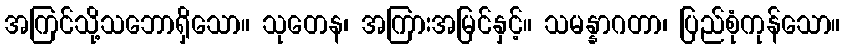
အကြင်သို့သဘောရှိသော။ သုတေန၊ အကြားအမြင်နှင့်။ သမန္နာဂတာ၊ ပြည်စုံကုန်သော။